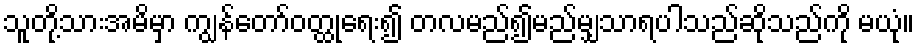
သူတို့သားအမိမှာ ကျွန်တော်ဝတ္ထုရေး၍ တလမည်၍မည်မျှသာရပါသည်ဆိုသည်ကို မယုံ။